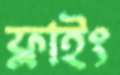
ফ্লাইং